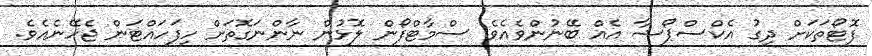
ފޮޓޯތަކަށް ދިގު އެކްސްޕޯޝާ އެއް ބޭނުންވެއެވެ. ސްމާޓްފޯން ލޮޅުން ނާންނަގޮތަށް ހިފަހައްޓަން ޖެހޭނެއެވެ.